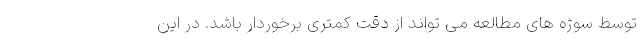
توسط سوژه های مطالعه می تواند از دقت کمتری برخوردار باشد. در این